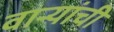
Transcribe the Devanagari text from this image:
वार्‍यांची